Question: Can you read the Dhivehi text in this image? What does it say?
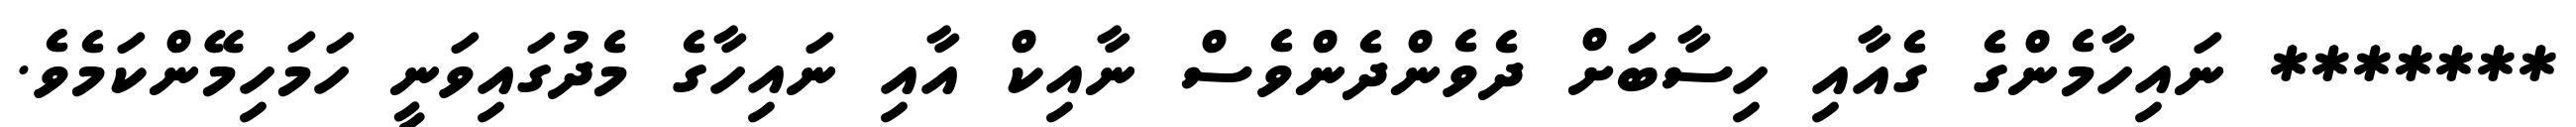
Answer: ******* ނައިހާމެންގެ ގެއާއި ހިސާބަށް ދެވެންދެންވެސް ނާއިކް އާއި ނައިހާގެ މެދުގައިވަނީ ހަމަހިމޭންކަމެވެ.